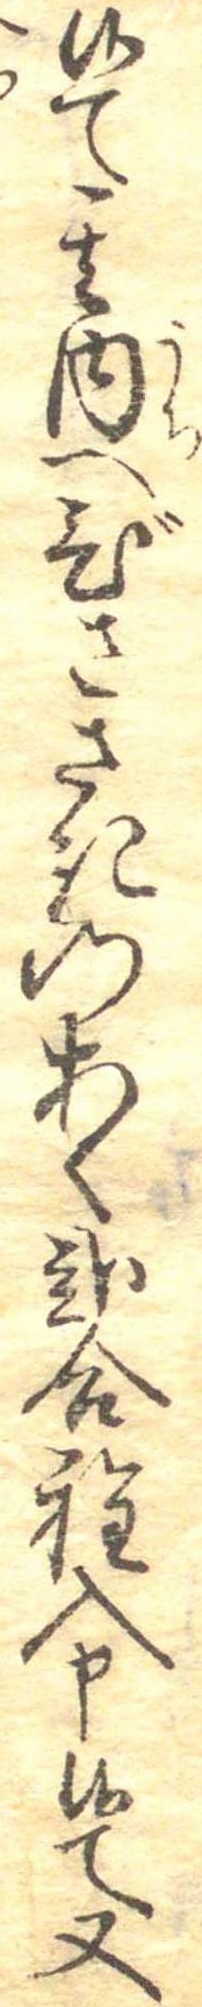
候て其内へびささきのあく弐合程入申候て又